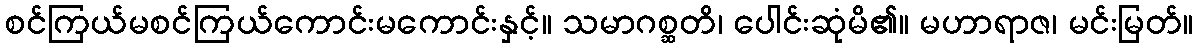
စင်ကြယ်မစင်ကြယ်ကောင်းမကောင်းနှင့်။ သမာဂစ္ဆတိ၊ ပေါင်းဆုံမိ၏။ မဟာရာဇ၊ မင်းမြတ်။